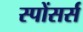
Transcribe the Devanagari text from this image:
स्पोंसर्स